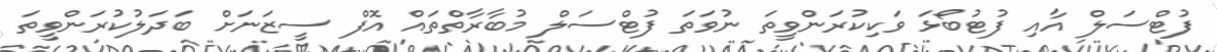
ފުޓްސަލް އާއި ފުޓުބޯޅަ ވަކިކުރަންވީތަ ނުވަތަ ފުޓްސަލް މުބާރާތްތައް އޮފް ސީޒަނަށް ބަދަލުކުރަންވީތަ